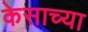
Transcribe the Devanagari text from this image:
केसाच्या